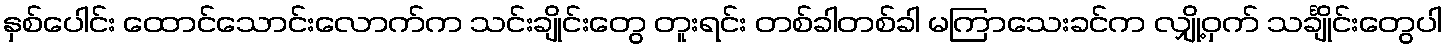
နှစ်ပေါင်း ထောင်သောင်းလောက်က သင်းချိုင်းတွေ တူးရင်း တစ်ခါတစ်ခါ မကြာသေးခင်က လျှို့ဝှက် သင်္ချိုင်းတွေပါ